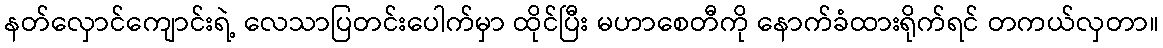
နတ်လှောင်ကျောင်းရဲ့ လေသာပြတင်းပေါက်မှာ ထိုင်ပြီး မဟာစေတီကို နောက်ခံထားရိုက်ရင် တကယ်လှတာ။